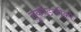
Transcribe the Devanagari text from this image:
तुकोडजीको